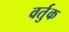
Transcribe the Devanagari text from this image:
वर्तुक